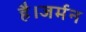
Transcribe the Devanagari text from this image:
है।जर्मन